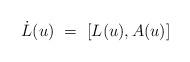
LaTeX: \begin{align*} \dot{L}(u)~=~[L(u),A(u)]\end{align*}